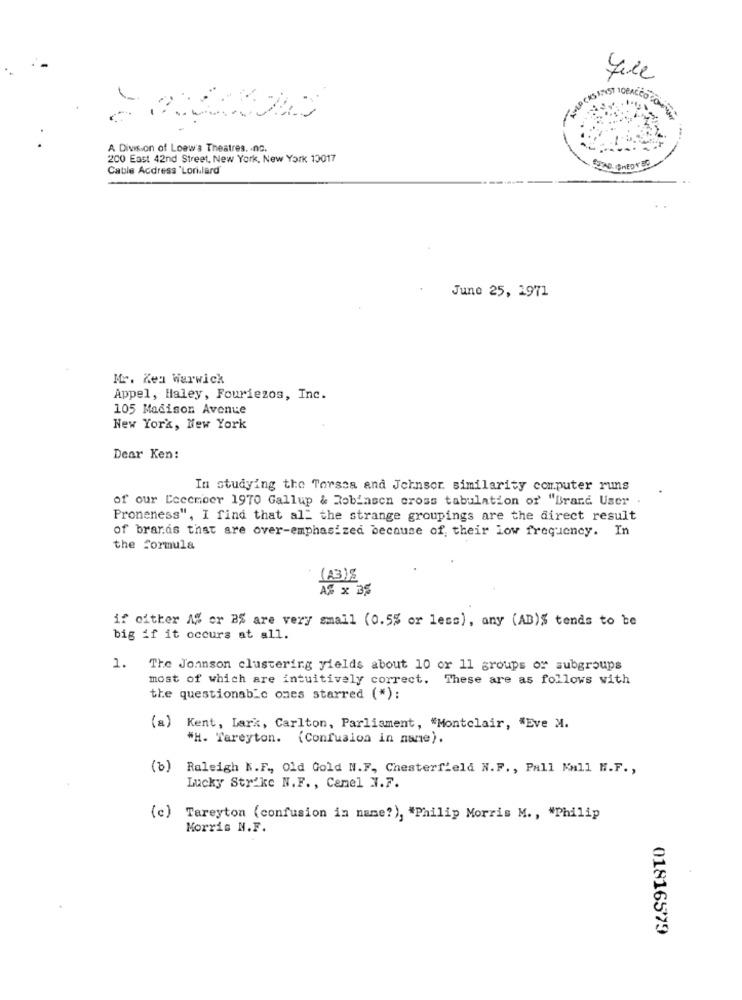
JAD CKS INST TOBACCO CON
A Division of Loew's Theatres. . nc.
200 East 42nd Street, New York, New York 10017
Cable Address "Lori.lard
SOME ONEDYBE
June 25, 1971
Mr. Zes Warwick
Appel, Haley, Fouriezos, Inc.
105 Madison Avenue
New York, New York
Dear Ken:
In studying the Torssa and Johnsor similarity computer runs
of our Ccccmeer 1970 Gallup & Robinson cross tabulation of' "Brand User
Proneness", I find that all the strange groupings are the direct result
of brands that are over-emphasized because of their low frequency. In
the formula
(23)8
AS x 35
if either A or BS are very small (0.5% or less), any (AB)$ tends to be
big if it occurs at all.
1.
The Jonnson clustering yields about 10 or 11 groups of subgroups
most of which are intuitively correct. These are as follows with
the questionabic ones starred (*):
Kent, Lark, Carlton, Parliament, "Montclair, "Eve M.
*H. Tareyton. (Confusion in name).
(0)
Raleigh N.F ., Old Gold N.F, Chesterfield N.F ., Pall Mall H.F. ,
Lucky Strike N.F. , Cemel N.7.
(c) Tareyton (confusion in name?), "Philip Morris M ., "Philip
Morris N.F.
01816579